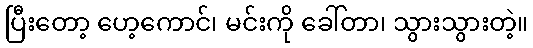
ပြီးတော့ ဟေ့ကောင်၊ မင်းကို ခေါ်တာ၊ သွားသွားတဲ့။